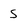
Character: S